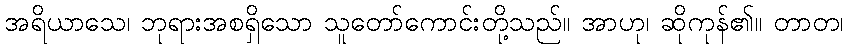
အရိယာသေ၊ ဘုရားအစရှိသော သူတော်ကောင်းတို့သည်။ အာဟု၊ ဆိုကုန်၏။ တာတ၊